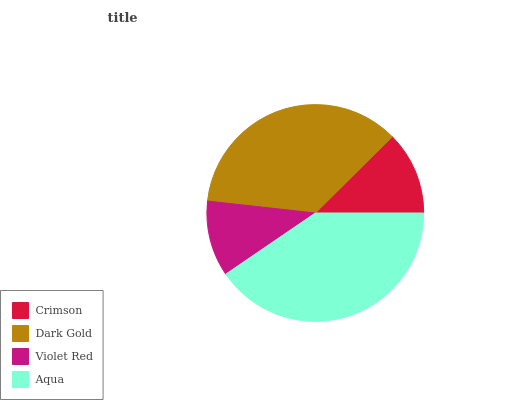
| Crimson | Dark Gold | Violet Red | Aqua |
 | --- | --- | --- | --- |
 | 12.4% | 35.8% | 11.3% | 40.4% |